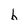
Character: b